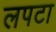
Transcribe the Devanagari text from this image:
लपटा